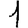
Digit: 1